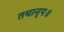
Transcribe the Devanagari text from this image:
तथानृप॥